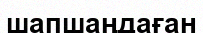
шапшаңдаған